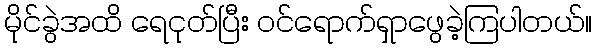
မိုင်ခွဲအထိ ရေငုတ်ပြီး ဝင်ရောက်ရှာဖွေခဲ့ကြပါတယ်။